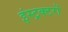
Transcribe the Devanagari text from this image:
इंस्ट्रक्टरों